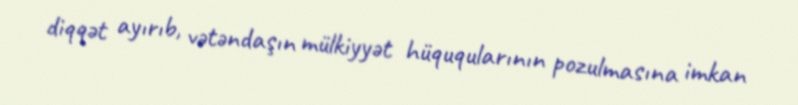
diqqət ayırıb, vətəndaşın mülkiyyət hüquqularının pozulmasına imkan